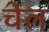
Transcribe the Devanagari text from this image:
चेल